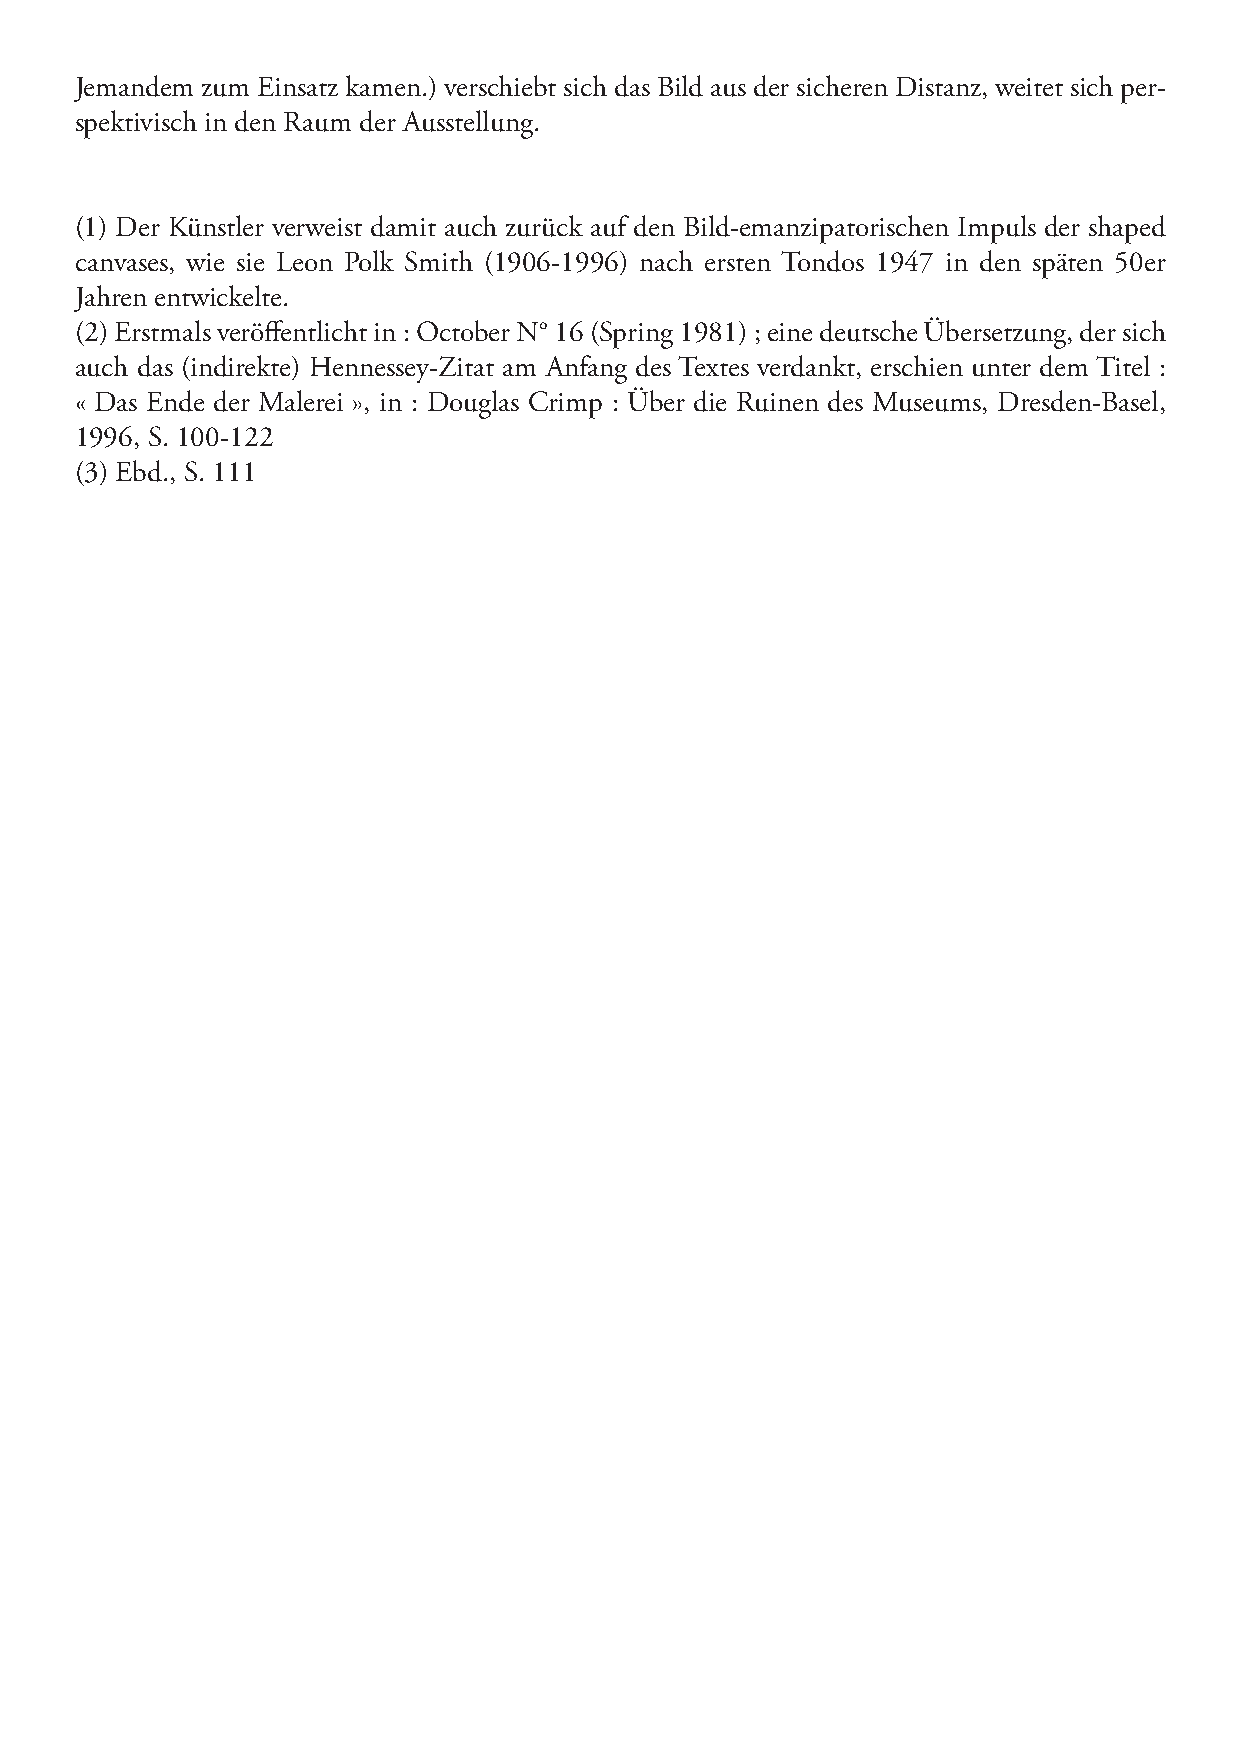
Jemandem zum Einsatz kamen.) verschiebt sich das Bild aus der sicheren Distanz, weitet sich per-
 spektivisch in den Raum der Ausstellung.
 (1) Der Künstler verweist damit auch zurück auf den Bild-emanzipatorischen Impuls der shaped
 canvases, wie sie Leon Polk Smith (1906-1996) nach ersten Tondos 1947 in den späten 50er
 Jahren entwickelte.
 (2) Erstmals veröffentlicht in : October N° 16 (Spring 1981) ; eine deutsche Übersetzung, der sich
 auch das (indirekte) Hennessey-Zitat am Anfang des Textes verdankt, erschien unter dem Titel :
 « Das Ende der Malerei », in : Douglas Crimp : Über die Ruinen des Museums, Dresden-Basel,
 1996, S. 100-122
 (3) Ebd., S. 111